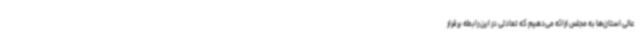
عالی استان‌ها به مجلس ارائه می‌دهیم که تعادلی در این رابطه برقرار